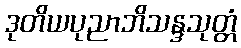
ဒုတိယပုညာဘိသန္ဒသုတ္တံ